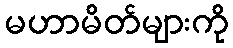
မဟာမိတ်များကို